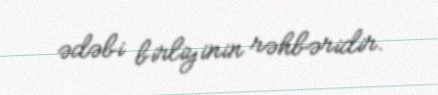
ədəbi birliyinin rəhbəridir.